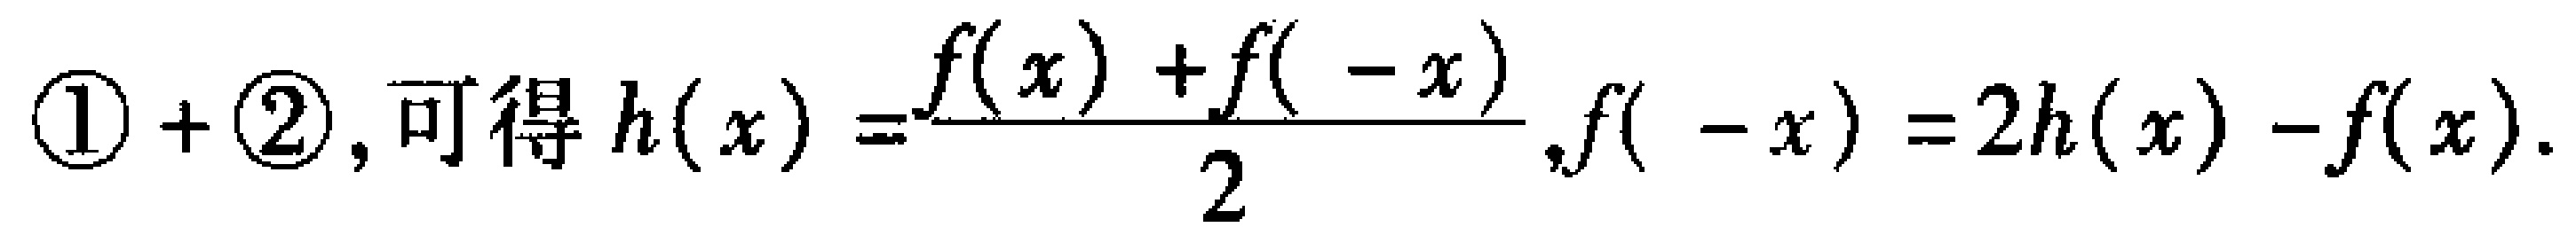
$\textcircled{1} + \textcircled{2}, 可得\ h(x)=\frac{f(x)+f( - x)}{2},f( - x)=2h(x)-f(x).$